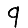
Digit: 9